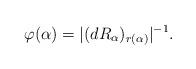
LaTeX: \begin{align*}\varphi(\alpha) = |(dR_{\alpha})_{r(\alpha)}|^{-1}.\end{align*}